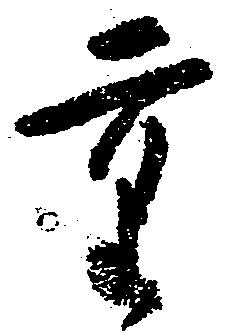
重